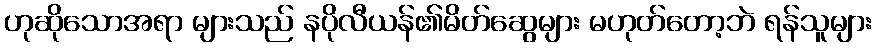
ဟုဆိုသောအရာ များသည် နပိုလီယန်၏မိတ်ဆွေများ မဟုတ်တော့ဘဲ ရန်သူများ